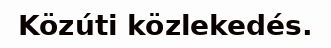
Közúti közlekedés.